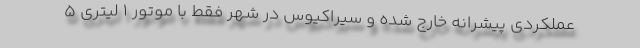
عملکردی پیشرانه خارج شده و سیراکیوس در شهر فقط با موتور 1 لیتری 5